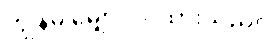
ကျွန်မ မျှော်လင့်ထားသည်။